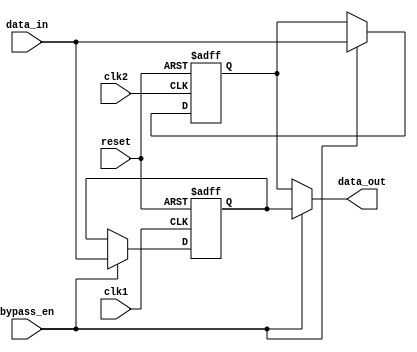
module bypass_register (
    input wire clk1, // Clock signal for domain 1
    input wire clk2, // Clock signal for domain 2
    input wire reset, // Reset signal
    input wire bypass_en, // Enable signal for bypass mode
    input wire [7:0] data_in, // Input data
    output reg [7:0] data_out // Output data
);

reg [7:0] reg1; // Register for domain 1
reg [7:0] reg2; // Register for domain 2

always @(posedge clk1 or posedge reset) begin
    if (reset) begin
        reg1 <= 8'b0;
    end else begin
        if (bypass_en) begin
            reg1 <= data_in;
        end
    end
end

always @(posedge clk2 or posedge reset) begin
    if (reset) begin
        reg2 <= 8'b0;
    end else begin
        if (bypass_en) begin
            reg2 <= data_in;
        end
    end
end

always @(*) begin
    if (bypass_en) begin
        data_out = reg1;
    end else begin
        data_out = reg2;
    end
end

endmodule